Tartu_linnavalitsus, lk 21
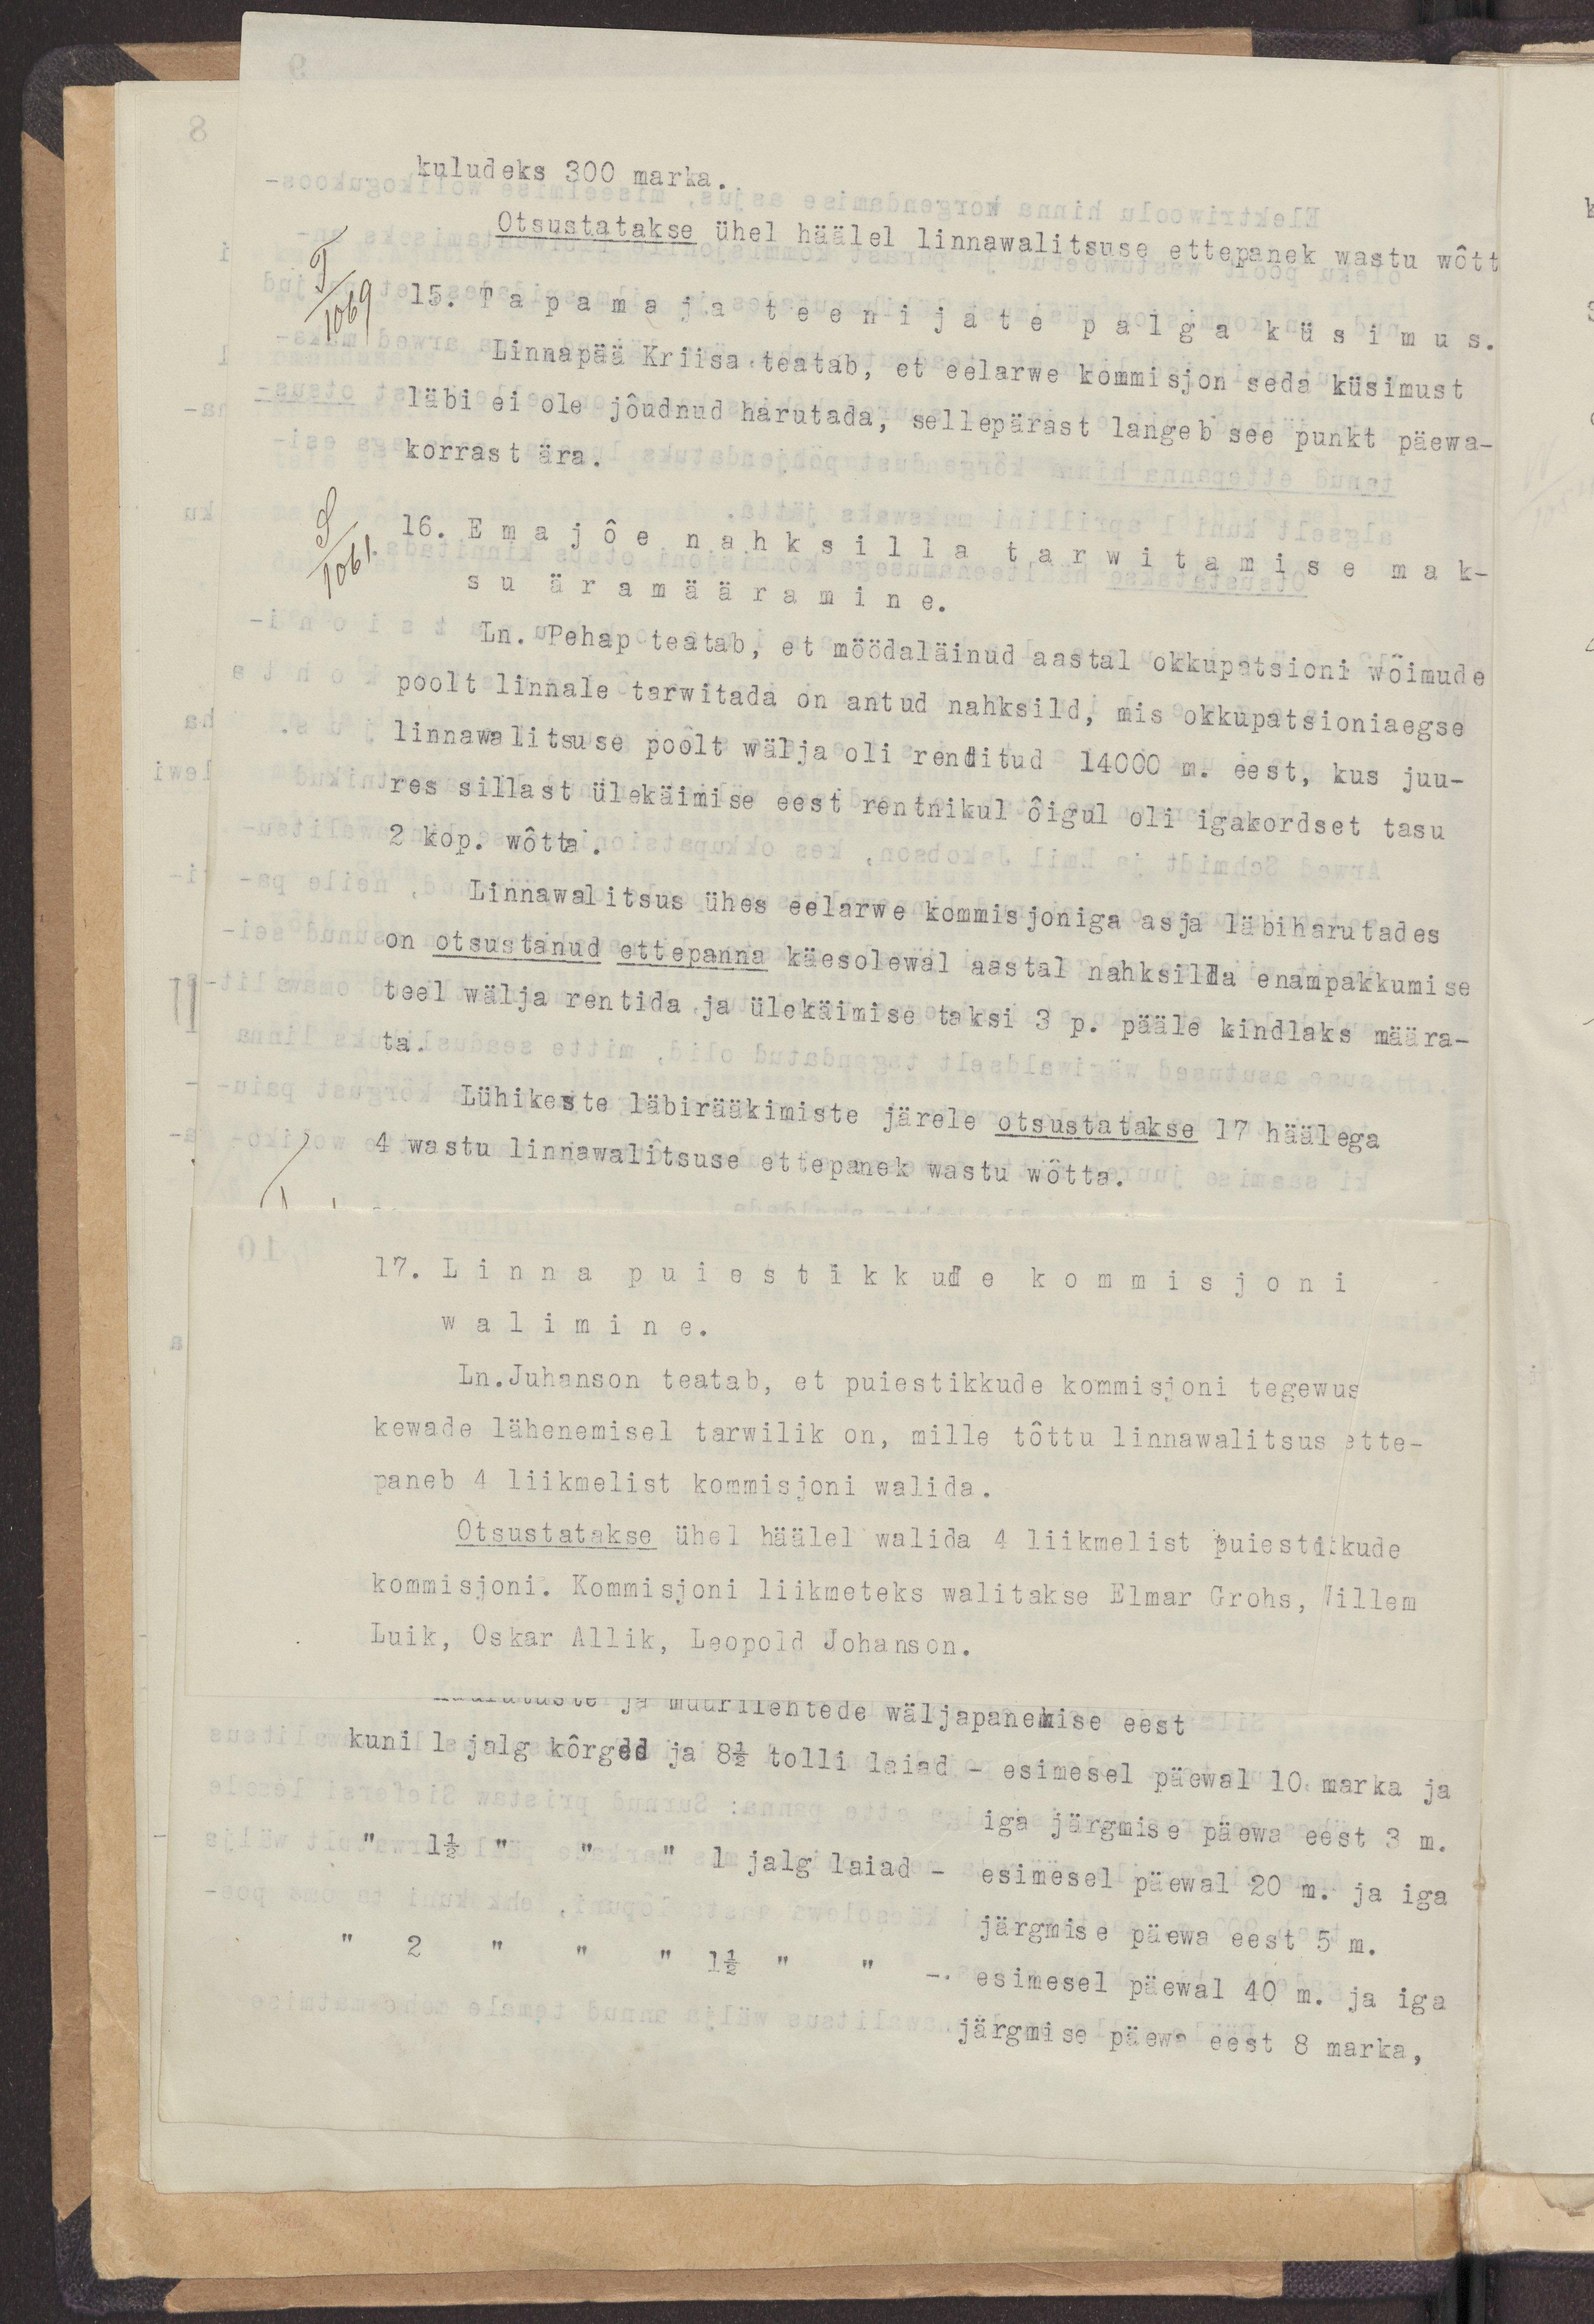
17. Linna puiestikkude kommisjoni
walimine.
Ln.Juhanson teatab, et puiestikkude kommisjoni tegewus
kewade lähenemisel tarwilik on, mille tõttu linnawalitsus ette-
paneb 4 liikmelist kommisjoni walida.
Otsustatakse ühel häälel walida 4 liikmelist puiestikkude
kommisjoni. Kommisjoni liikmeteks walitakse Elmar Grohs, Willem
Luik, Oskar Allik, Leopold Johanson.